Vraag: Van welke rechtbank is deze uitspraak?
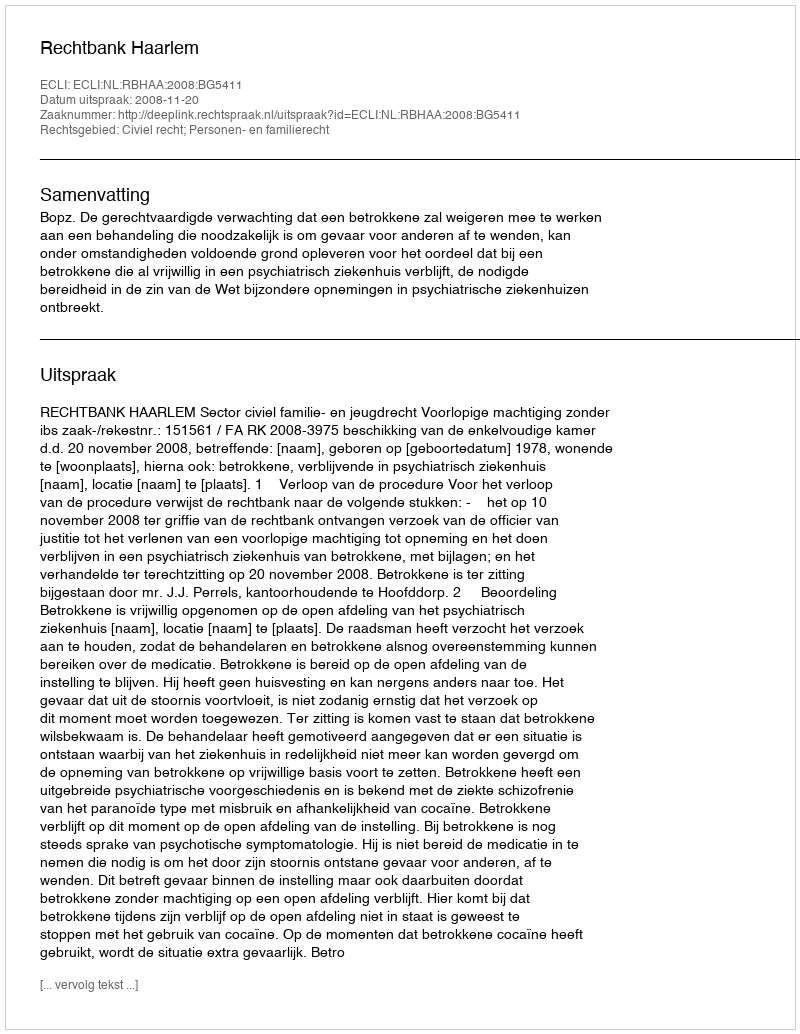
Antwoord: Rechtbank Haarlem